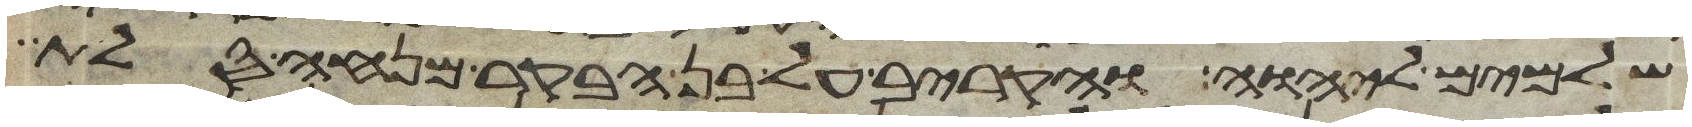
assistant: שלמים ליהוה והקריב על בן הבקר מנחה סלת